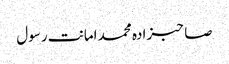
صاحبزادہ محمد امانت رسول